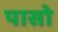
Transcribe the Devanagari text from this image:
पासो